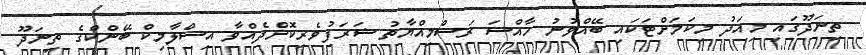
ތިނަދޫގައި މިއަދު މިކަމަށްޓަކައި ބޭއްވުނު ހާއްސަ ރަސްމިއްޔާތު ޝަރަފުވެރިކޮށްދެއްވާ އިސްލާމިކް ބޭންކްގެ ތިނަދޫ